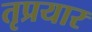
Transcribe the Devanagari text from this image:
तृप्रयार